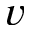
\boldsymbol { v }